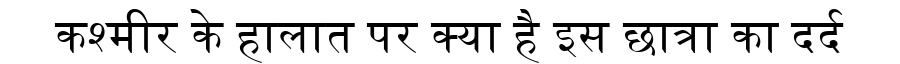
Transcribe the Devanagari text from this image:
कश्मीर के हालात पर क्या है इस छात्रा का दर्द